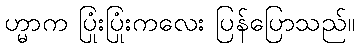
ဟ္မာက ပြုံးပြုံးကလေး ပြန်ပြောသည်။